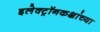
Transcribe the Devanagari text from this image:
इलेक्ट्रॉनकक्षांच्या